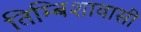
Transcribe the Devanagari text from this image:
तिम्बिशावासी